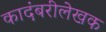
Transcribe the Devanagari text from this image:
कादंबरीलेखक